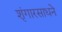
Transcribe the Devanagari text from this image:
शृंगारसाधने